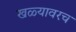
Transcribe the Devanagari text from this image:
खळ्यावरच